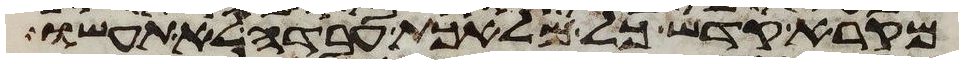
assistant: מקרא קדש כל מלאכת עבדה לא תעשו